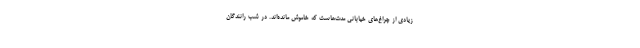
زیادی از چراغ‌های خیابانی مدت‌هاست که خاموش مانده‌‌اند. در شب رانندگان